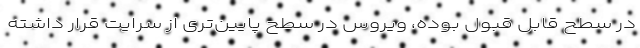
در سطح قابل قبول بوده، ویروس در سطح پایین‌تری از سرایت قرار داشته